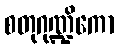
စတုဂုဏ္ဍိကော